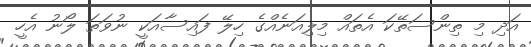
އަދި މި ތިންސަތޭކަ އެތައް މިލިއަނެއްގެ ހިލޭ ފައިސާއަކީ ނުވަތަ ލޯނު އެހީ